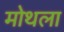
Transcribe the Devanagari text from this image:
मोथला